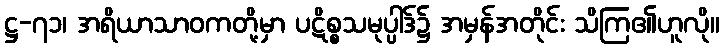
ဋ္ဌ-၇၁၊ အရိယာသာဝကတို့မှာ ပဋိစ္စသမုပ္ပါဒ်၌ အမှန်အတိုင်း သိကြ၏ဟူလို။